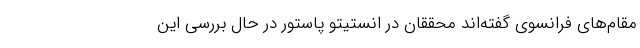
مقام‌های فرانسوی گفته‌اند محققان در انستیتو پاستور در حال بررسی این